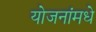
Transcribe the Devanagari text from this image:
योजनांमधे